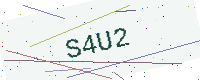
Text: S4U2